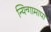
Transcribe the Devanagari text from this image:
न्यिन्गामापा